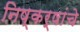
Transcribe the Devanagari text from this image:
निष्कर्षांचे